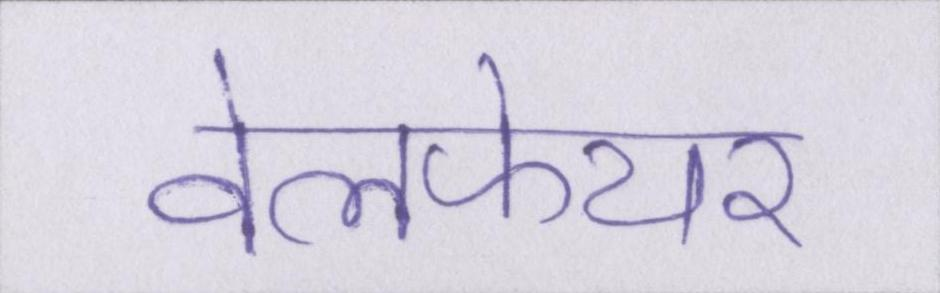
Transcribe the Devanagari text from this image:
वेलफेयर